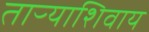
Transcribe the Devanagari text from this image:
ताऱ्याशिवाय